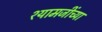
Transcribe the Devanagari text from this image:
श्यामजींच्या